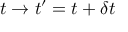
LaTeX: t \rightarrow t ^ { \prime } = t + \delta t